Vaccine operations Central Provinces & Berar 1922-1929 - 1922-1929
Year: 1922
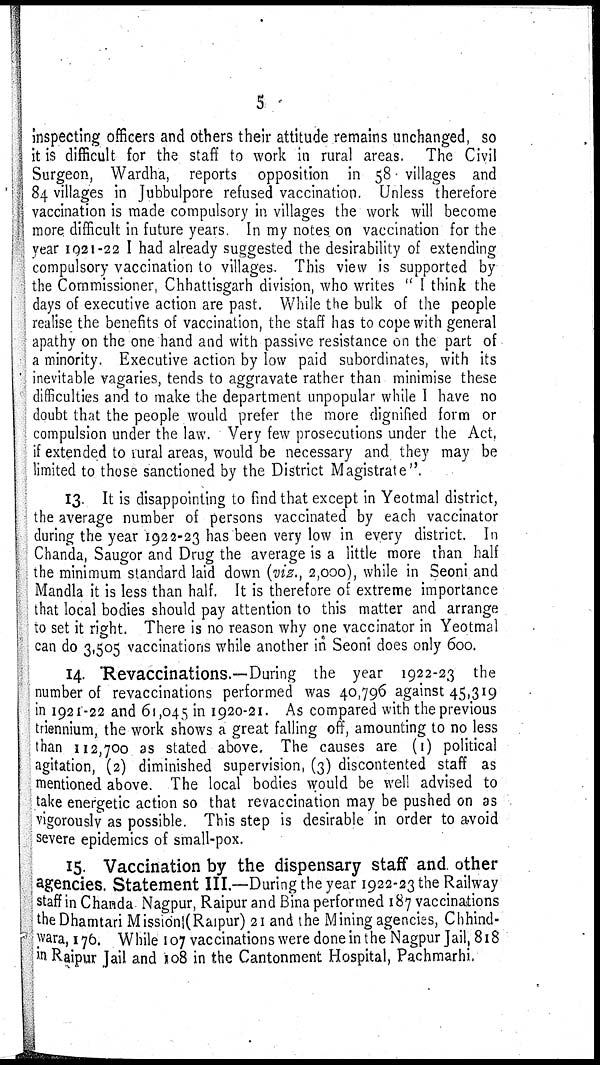
5
inspecting officers and others their attitude remains unchanged, so
it is difficult for the staff to work in rural areas. The Civil
Surgeon, Wardha, reports opposition in 58 villages and
84 villages in Jubbulpore refused vaccination. Unless therefore
vaccination is made compulsory in villages the work will become
more difficult in future years. In my notes on vaccination for the
year 1921-22 I had already suggested the desirability of extending
compulsory vaccination to villages. This view is supported by
the Commissioner, Chhattisgarh division, who writes " I think the
days of executive action are past. While the bulk of the people
realise the benefits of vaccination, the staff has to cope with general
apathy on the one hand and with passive resistance on the part of
a minority. Executive action by low paid subordinates, with its
inevitable vagaries, tends to aggravate rather than minimise these
difficulties and to make the department unpopular while I have no
doubt that the people would prefer the more dignified form or
compulsion under the law. Very few prosecutions under the Act,
if extended to rural areas, would be necessary and they may be
limited to those sanctioned by the District Magistrate".
13. It is disappointing to find that except in Yeotmal district,
the average number of persons vaccinated by each vaccinator
during the year 1922-23 has been very low in every district. In
Chanda, Saugor and Drug the average is a little more than half
the minimum standard laid down (viz., 2,000), while in Seoni and
Mandla it is less than half. It is therefore of extreme importance
that local bodies should pay attention to this matter and arrange
to set it right. There is no reason why one vaccinator in Yeotmal
can do 3,505 vaccinations while another in Seoni does only 600.
14. Revaccinations.—During the year 1922-23 the
number of revaccinations performed was 40,796 against 45,319
in 1921-22 and 61,045 in 1920-21. As compared with the previous
triennium, the work shows a great falling off, amounting to no less
than 112,700 as stated above. The causes are (1) political
agitation, (2) diminished supervision, (3) discontented staff as
mentioned above. The local bodies would be well advised to
take energetic action so that revaccination may be pushed on as
vigorously as possible. This step is desirable in order to avoid
severe epidemics of small-pox.
15. Vaccination by the dispensary staff and other
agencies. Statement III.—During the year 1922-23 the Railway
staff in Chanda Nagpur, Raipur and Bina performed 187 vaccinations
the Dhamtari Mission(Raipur) 21 and the Mining agencies, Chhind¬
wara, 176. While 107 vaccinations were done in the Nagpur Jail, 818
in Raipur Jail and 108 in the Cantonment Hospital, Pachmarhi.